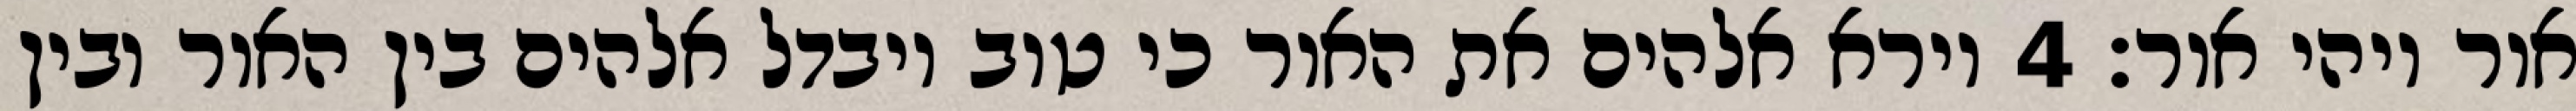
אור ויהי אור׃ ‎4‏ וירא אלהים את האור כי טוב ויבדל אלהים בין האור ובין